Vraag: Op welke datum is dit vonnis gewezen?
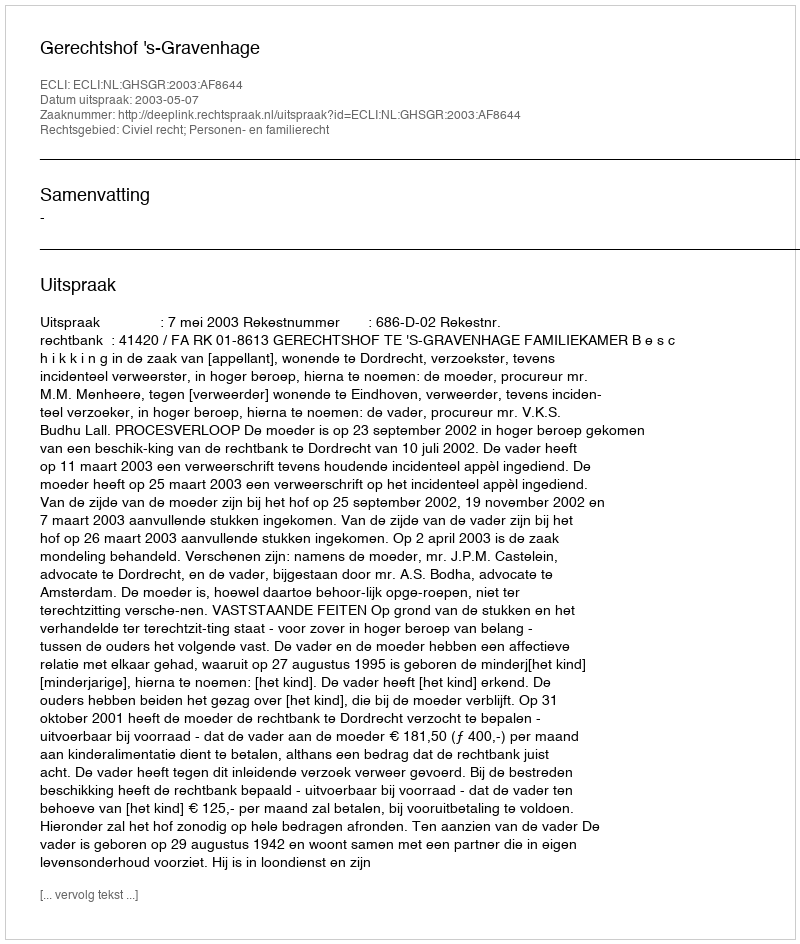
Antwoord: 2003-05-07